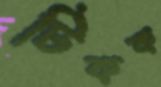
টিকক